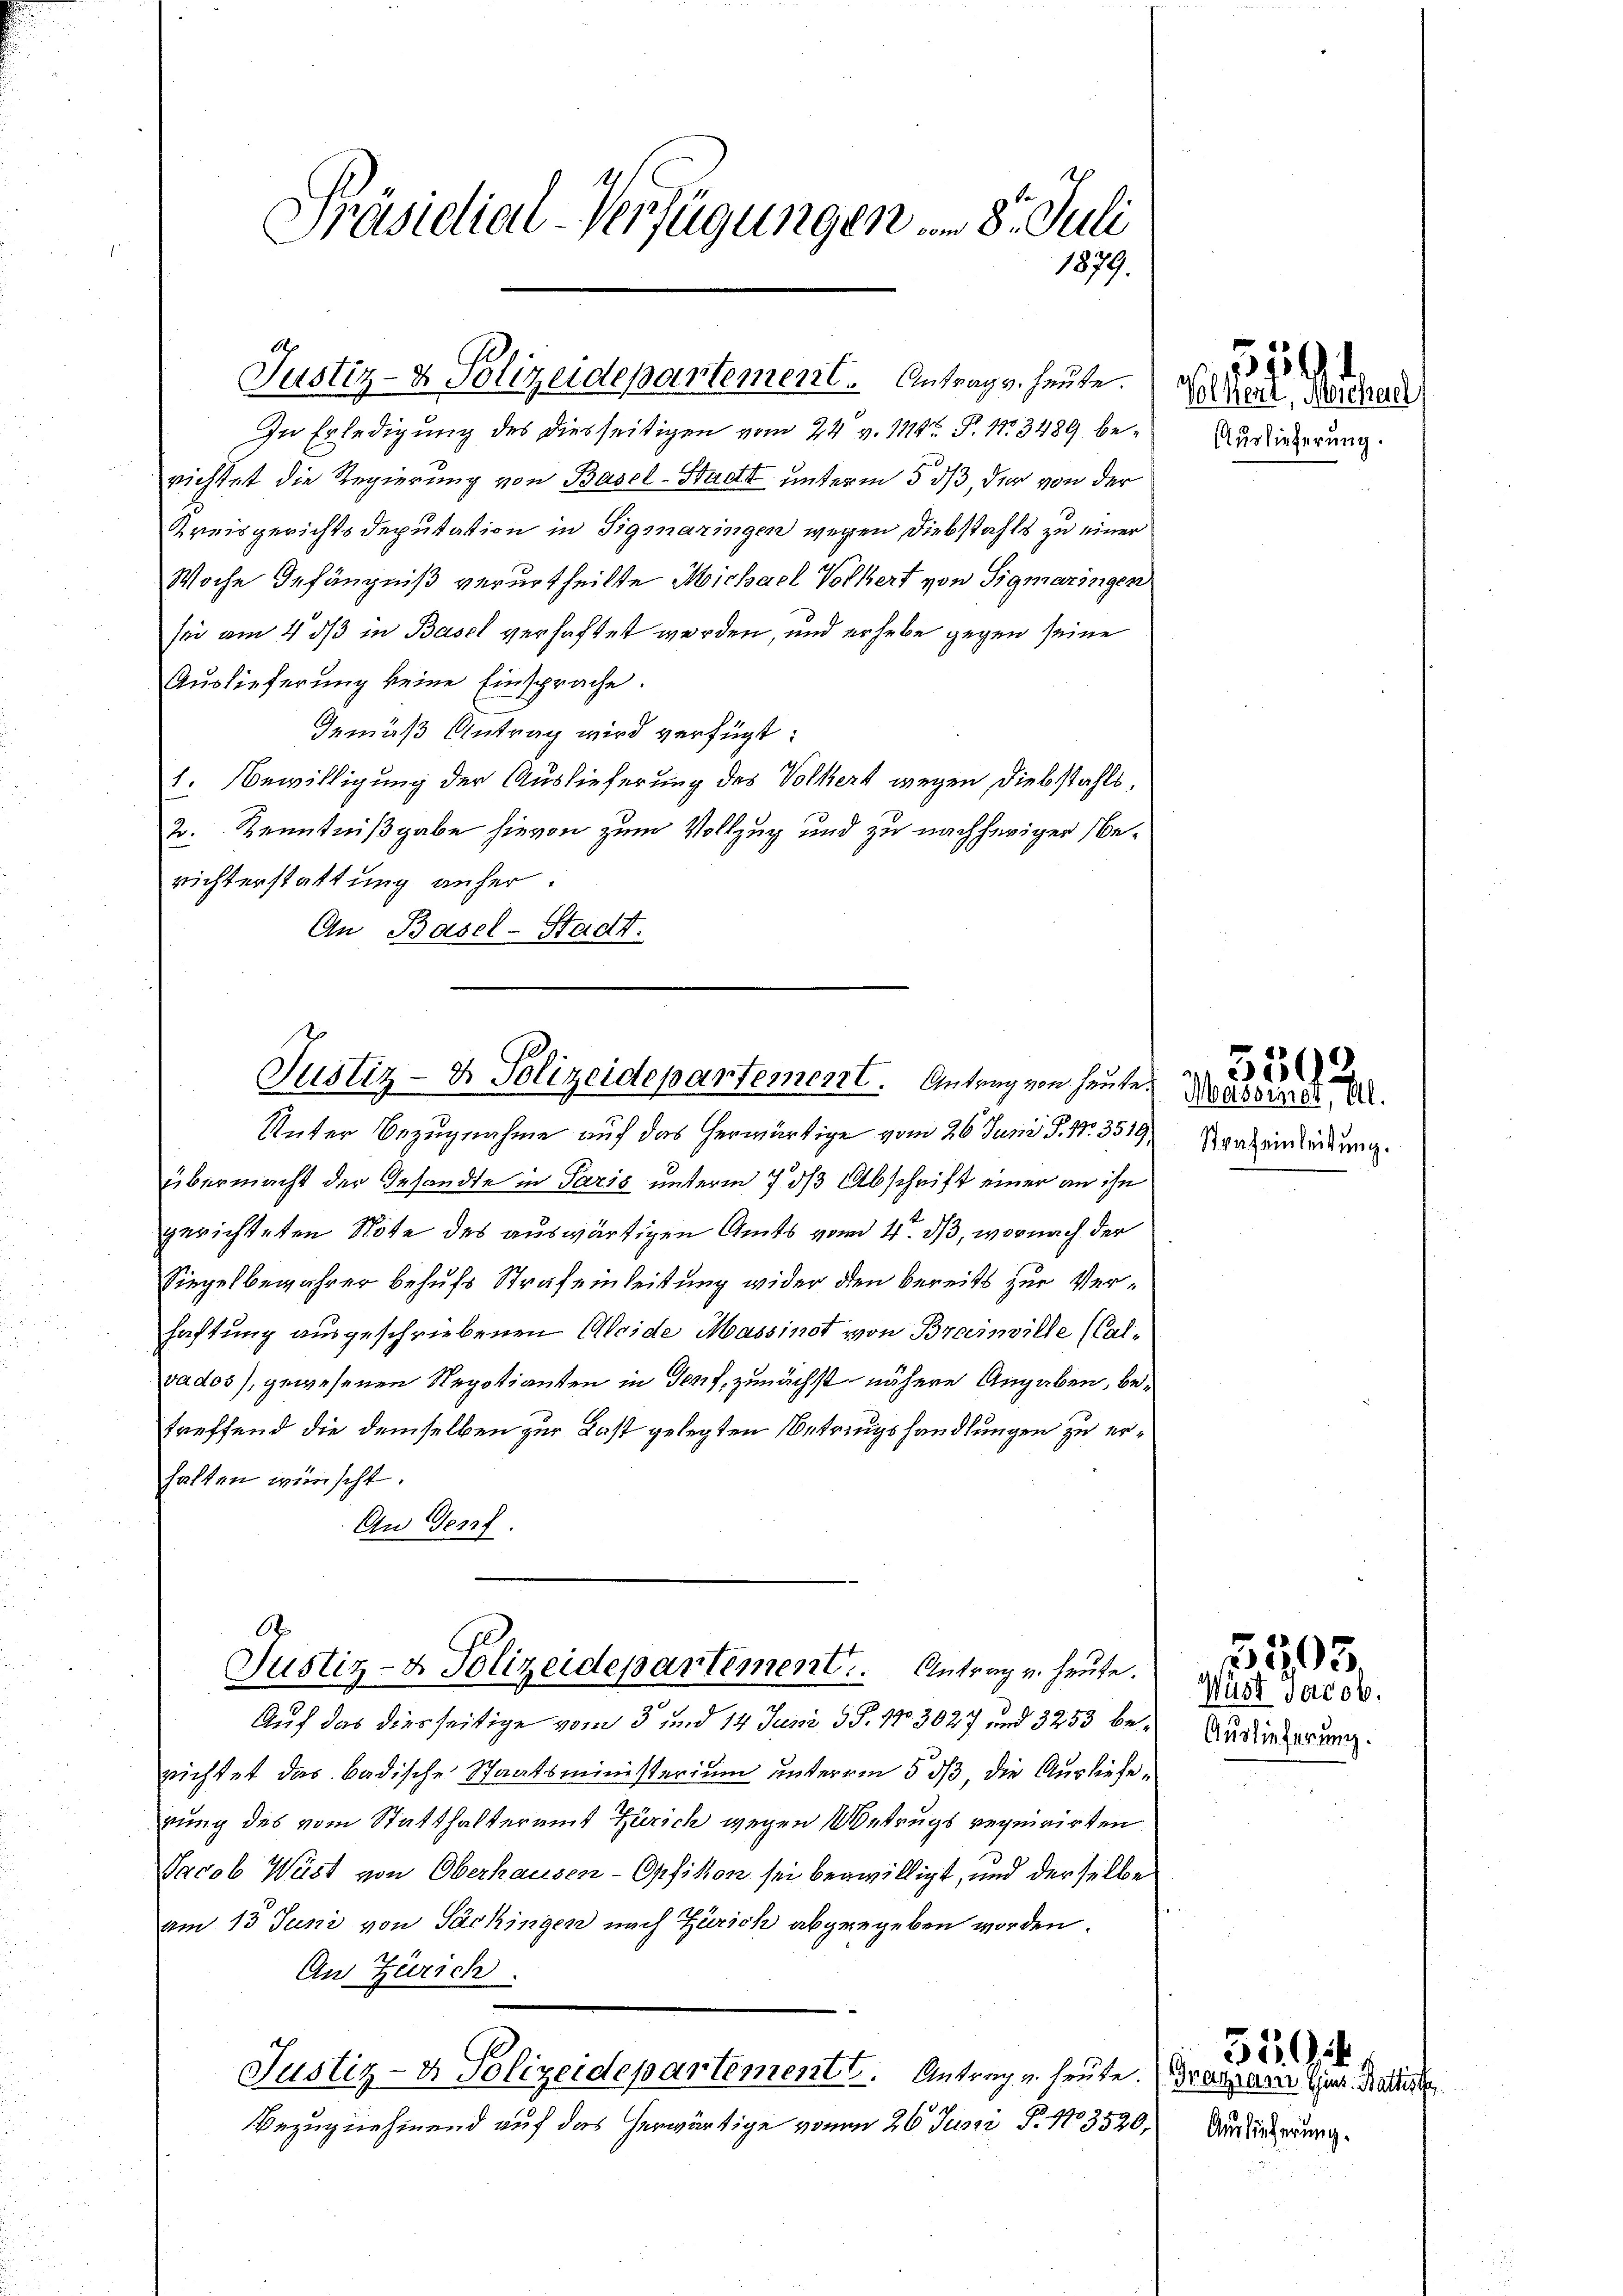
Präsidial-Verfügungen vom 8. Juli
1879.

Justiz- & Polizeidepartement. Antrag v. heute. (Volker, Michael

In Erledigung des diesseitigen vom 24. v. 1114t P. Nr. 3489 berichtet die Regierung von Basel-Stadt unterm 5. ds, der von der
Kreisgerichtsdeputation in Sigmaringen wegen Diebstahls zu einer
Woche Gefängniß verurtheilte Michael Volkert von Sigmaringen
sei am 4. ds in Basel verhaftet werden, und erhebe gegen seine
Auslieferung keine Einsprache.
Gemäß Antrag wird verfügt:
1. Bewilligung der Auslieferung des Volkert wegen Diebstahls,
2. Kenntnißgabe hievon zum Vollzug und zu nachheriger Berichterstattung anher.
An Basel-Stadt.

Justiz- & Polizeidepartement. Antrag von heute.

Unter Bezugnahme auf das herwärtige vom 26. Juni P. Nr. 3519
übermacht der Gesandte in Paris unterm 7. ds Abschrift einer an ihn
gerichteten Note des auswärtigen Amts vom 4. ds, wornach der
Siegelbewahrer behufs Strafeinleitung wider den bereits zur Verhaftung ausgeschriebenen Abeide Massinst von Brainville (Calvados), gewesenen Regotianten in Genf, zunächst nähere Angaben, betreffend die demselben zur Last gelegten Betringshandlungen zu erhalten wünscht.
Au Genf
6
Justiz- & Polizeidepartement. Antrag u. heute.
Auf das diesseitige vom 3 und 14 Juni d S. 17. 3027 und 3253 berichtet das badische Staatsministerium unterm 5. ds, die Ausliefe,
rung des vom Statthalteramt Zürich wegen Metrugs requirirten
Jacob Wüst von Oberhausen-Opfikon sei begwilligt, und derselbe
am 15. Juni von Sächingen nach Zürich abgegeben worden.
An Zürich.
Justiz- & Polizeidepartement. Antrag u. heute. Dragrare Gjur. Balin
Bezugnehmend auf das herwärtige vom 26. Juni P. 173520,

Auslieferung.

1559

Straf einleitung.

559.
Maserner, Al.

Auslieferung.

5505.
Wüst Jacob.

559 f.

Auslieferung.